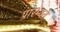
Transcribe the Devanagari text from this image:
प्रारभ्यते